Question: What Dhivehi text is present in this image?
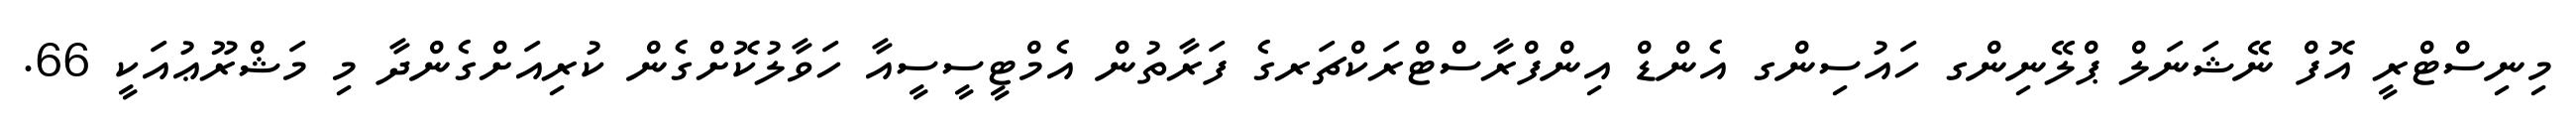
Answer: މިނިސްޓްރީ އޮފް ނޭޝަނަލް ޕްލޭނިންގ ހައުސިންގ އެންޑް އިންފްރާސްޓްރަކްޗަރގެ ފަރާތުން އެމްޓީސީސީއާ ހަވާލުކޮށްގެން ކުރިއަށްގެންދާ މި މަޝްރޫޢުއަކީ 66.